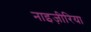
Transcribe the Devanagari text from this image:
नाइज़ीरिया